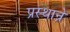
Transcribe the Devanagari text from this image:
प्रस्थान्रे